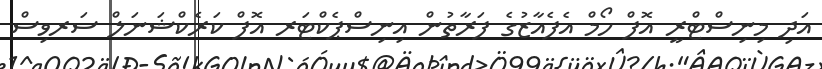
އަދި މިނިސްޓްރީ އޮފް ހޯމް އެފެއާޒުގެ ފަރާތުން އިނިސްޕެކްޓަރ އޮފް ކަރެކްޝަނަލް ސަރވިސް